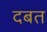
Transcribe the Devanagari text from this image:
दबत